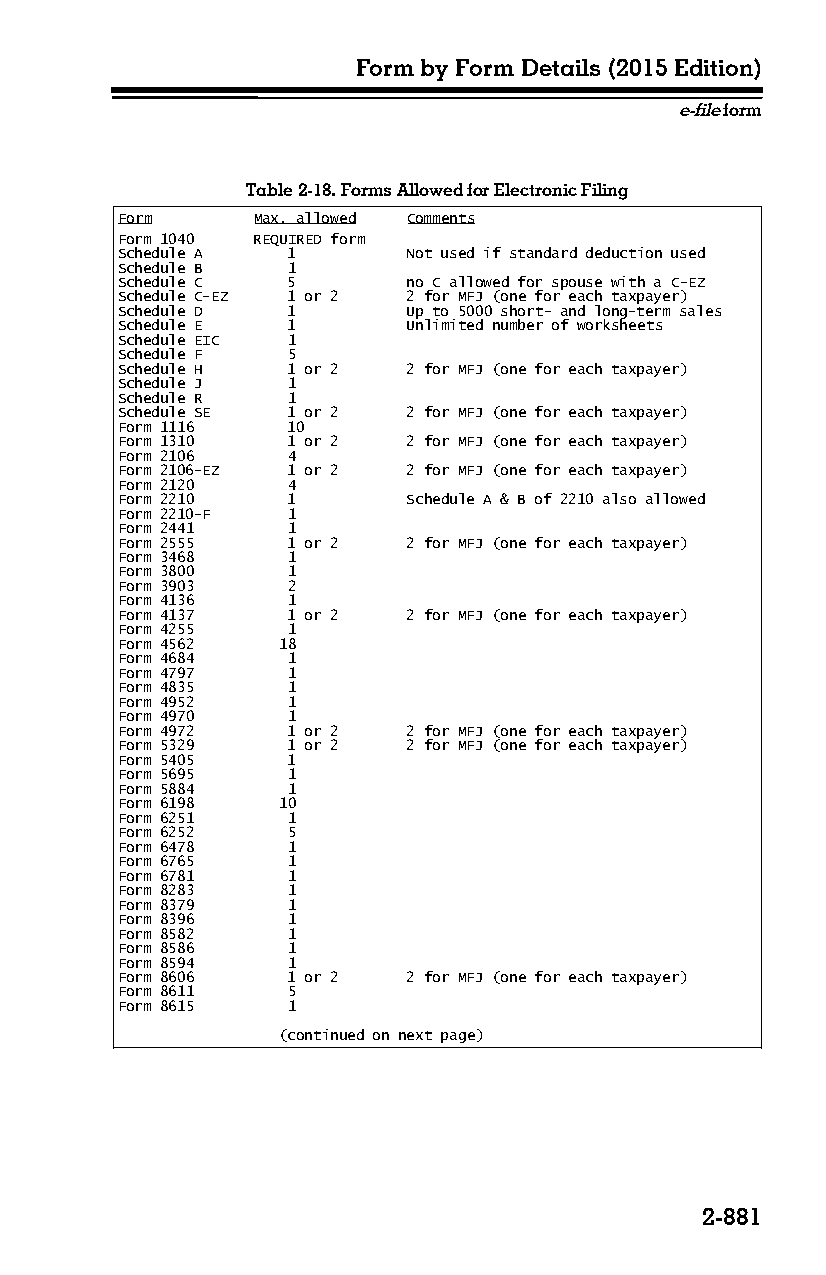
Form by Form Details (2015 Edition)
 e-file form
 Table 2-18. Forms Allowed for Electronic Filing
 Form     Max. allowed Comments
 Form 1040 REQUIRED form
 Schedule A 1       Not used if standard deduction used
 Schedule B 1
 Schedule C 5       no C allowed for spouse with a C-EZ
 Schedule C-EZ 1 or 2 2 for MFJ (one for each taxpayer)
 Schedule D 1       Up to 5000 short- and long-term sales
 Schedule E 1       Unlimited number of worksheets
 Schedule EIC 1
 Schedule F 5
 Schedule H 1 or 2  2 for MFJ (one for each taxpayer)
 Schedule J 1
 Schedule R 1
 Schedule SE 1 or 2 2 for MFJ (one for each taxpayer)
 Form 1116  10
 Form 1310  1 or 2  2 for MFJ (one for each taxpayer)
 Form 2106  4
 Form 2106-EZ 1 or 2 2 for MFJ (one for each taxpayer)
 Form 2120  4
 Form 2210  1       Schedule A & B of 2210 also allowed
 Form 2210-F 1
 Form 2441  1
 Form 2555  1 or 2  2 for MFJ (one for each taxpayer)
 Form 3468  1
 Form 3800  1
 Form 3903  2
 Form 4136  1
 Form 4137  1 or 2  2 for MFJ (one for each taxpayer)
 Form 4255  1
 Form 4562 18
 Form 4684  1
 Form 4797  1
 Form 4835  1
 Form 4952  1
 Form 4970  1
 Form 4972  1 or 2  2 for MFJ (one for each taxpayer)
 Form 5329  1 or 2  2 for MFJ (one for each taxpayer)
 Form 5405  1
 Form 5695  1
 Form 5884  1
 Form 6198 10
 Form 6251  1
 Form 6252  5
 Form 6478  1
 Form 6765  1
 Form 6781  1
 Form 8283  1
 Form 8379  1
 Form 8396  1
 Form 8582  1
 Form 8586  1
 Form 8594  1
 Form 8606  1 or 2  2 for MFJ (one for each taxpayer)
 Form 8611  5
 Form 8615  1
 (continued on next page)
 2-881